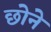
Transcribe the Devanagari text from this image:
छोने